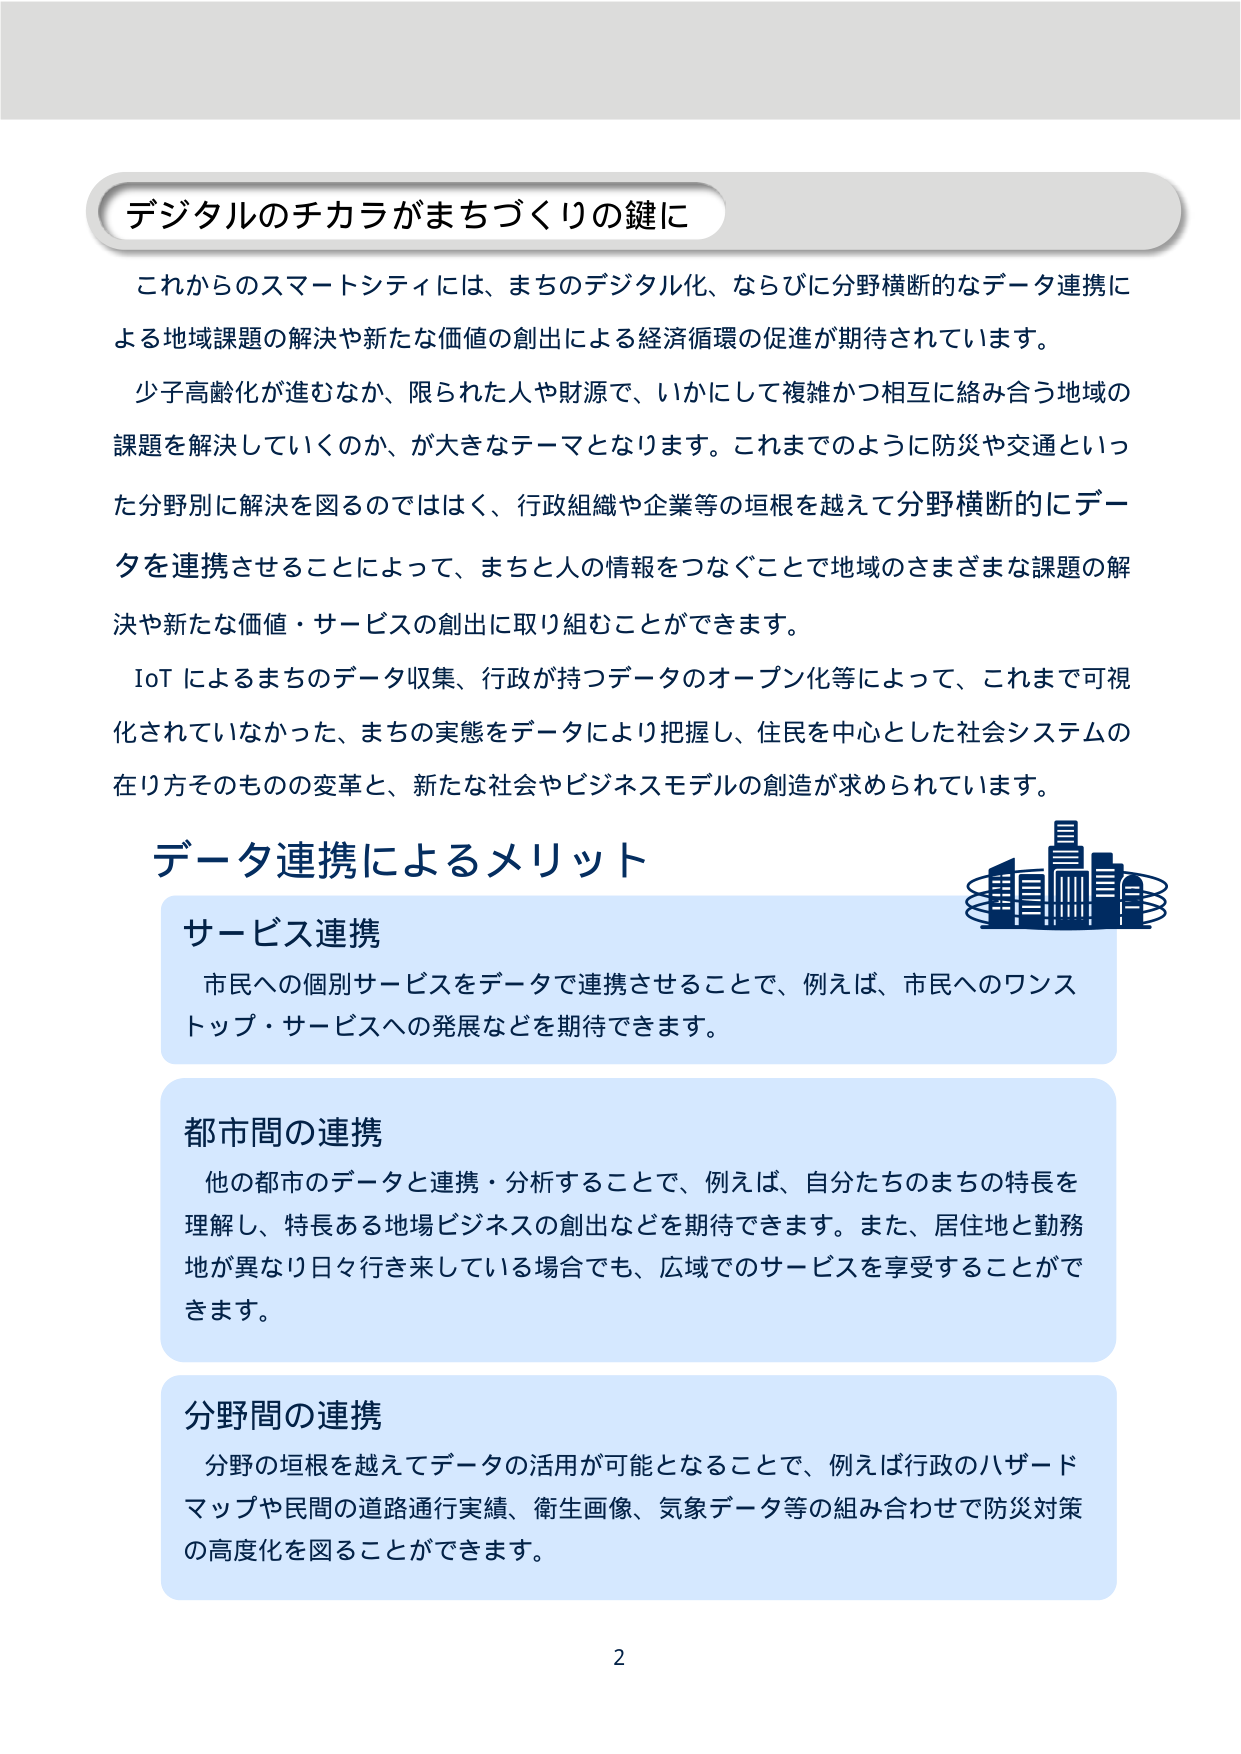
デジタルのチカラがまちづくりの鍵に

これからのスマートシティには、まちのデジタル化、ならびに分野横断的なデータ連携による地域課題の解決や新たな価値の創出による経済循環の促進が期待されています。

少子高齢化が進むなか、限られた人や財源で、いかにして複雑かつ相互に絡み合う地域の課題を解決していくのか、が大きなテーマとなります。これまでのように防災や交通といった分野別に解決を図るのではなく、行政組織や企業等の垣根を越えて分野横断的にデータを連携させることによって、まちと人の情報をつなぐことで地域のさまざまな課題の解決や新たな価値・サービスの創出に取り組むことができます。

IoT によるまちのデータ収集、行政が持つデータのオープン化等によって、これまで可視化されていなかった、まちの実態をデータにより把握し、住民を中心とした社会システムの在り方そのものの変革と、新たな社会やビジネスモデルの創造が求められています。

データ連携によるメリット

サービス連携
市民への個別サービスをデータで連携させることで、例えば、市民へのワンストップ・サービスへの発展などを期待できます。

都市間の連携
他の都市のデータと連携・分析することで、例えば、自分たちのまちの特長を理解し、特長ある地場ビジネスの創出などを期待できます。また、居住地と勤務地が異なり日々行き来している場合でも、広域でのサービスを享受することができます。

分野間の連携
分野の垣根を越えてデータの活用が可能となることで、例えば行政のハザードマップや民間の道路通行実績、衛生画像、気象データ等の組み合わせで防災対策の高度化を図ることができます。

2